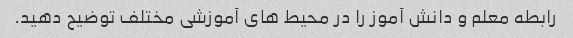
رابطه معلم و دانش آموز را در محیط های آموزشی مختلف توضیح دهید.